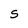
Character: S